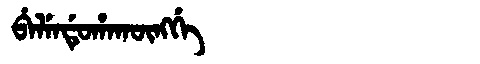
Manchu: ᠪᡝᠯᡝᠨᡩᡠᡥᠠᡴᡡᠩᡤᡝ
Romanization: BELENDUHAKŪNGGE